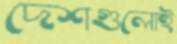
দেশগুলোই